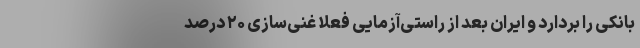
بانکی را بردارد و ایران بعد از راستی‌آزمایی فعلا غنی‌سازی ۲۰ درصد